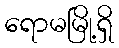
ရောမမြို့ရှိ